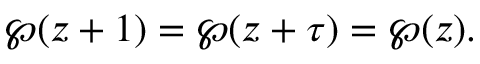
\wp ( z + 1 ) = \wp ( z + \tau ) = \wp ( z ) .